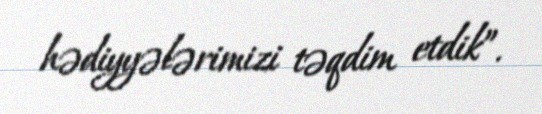
hədiyyələrimizi təqdim etdik”.